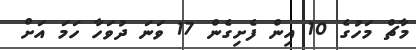
މާޗް މަހުގެ 10 އިން ފެށިގެން 17 ވަނަ ދުވަހާ ހަމަ އަށް